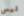
ليس